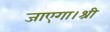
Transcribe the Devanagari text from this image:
जाएगा।श्री